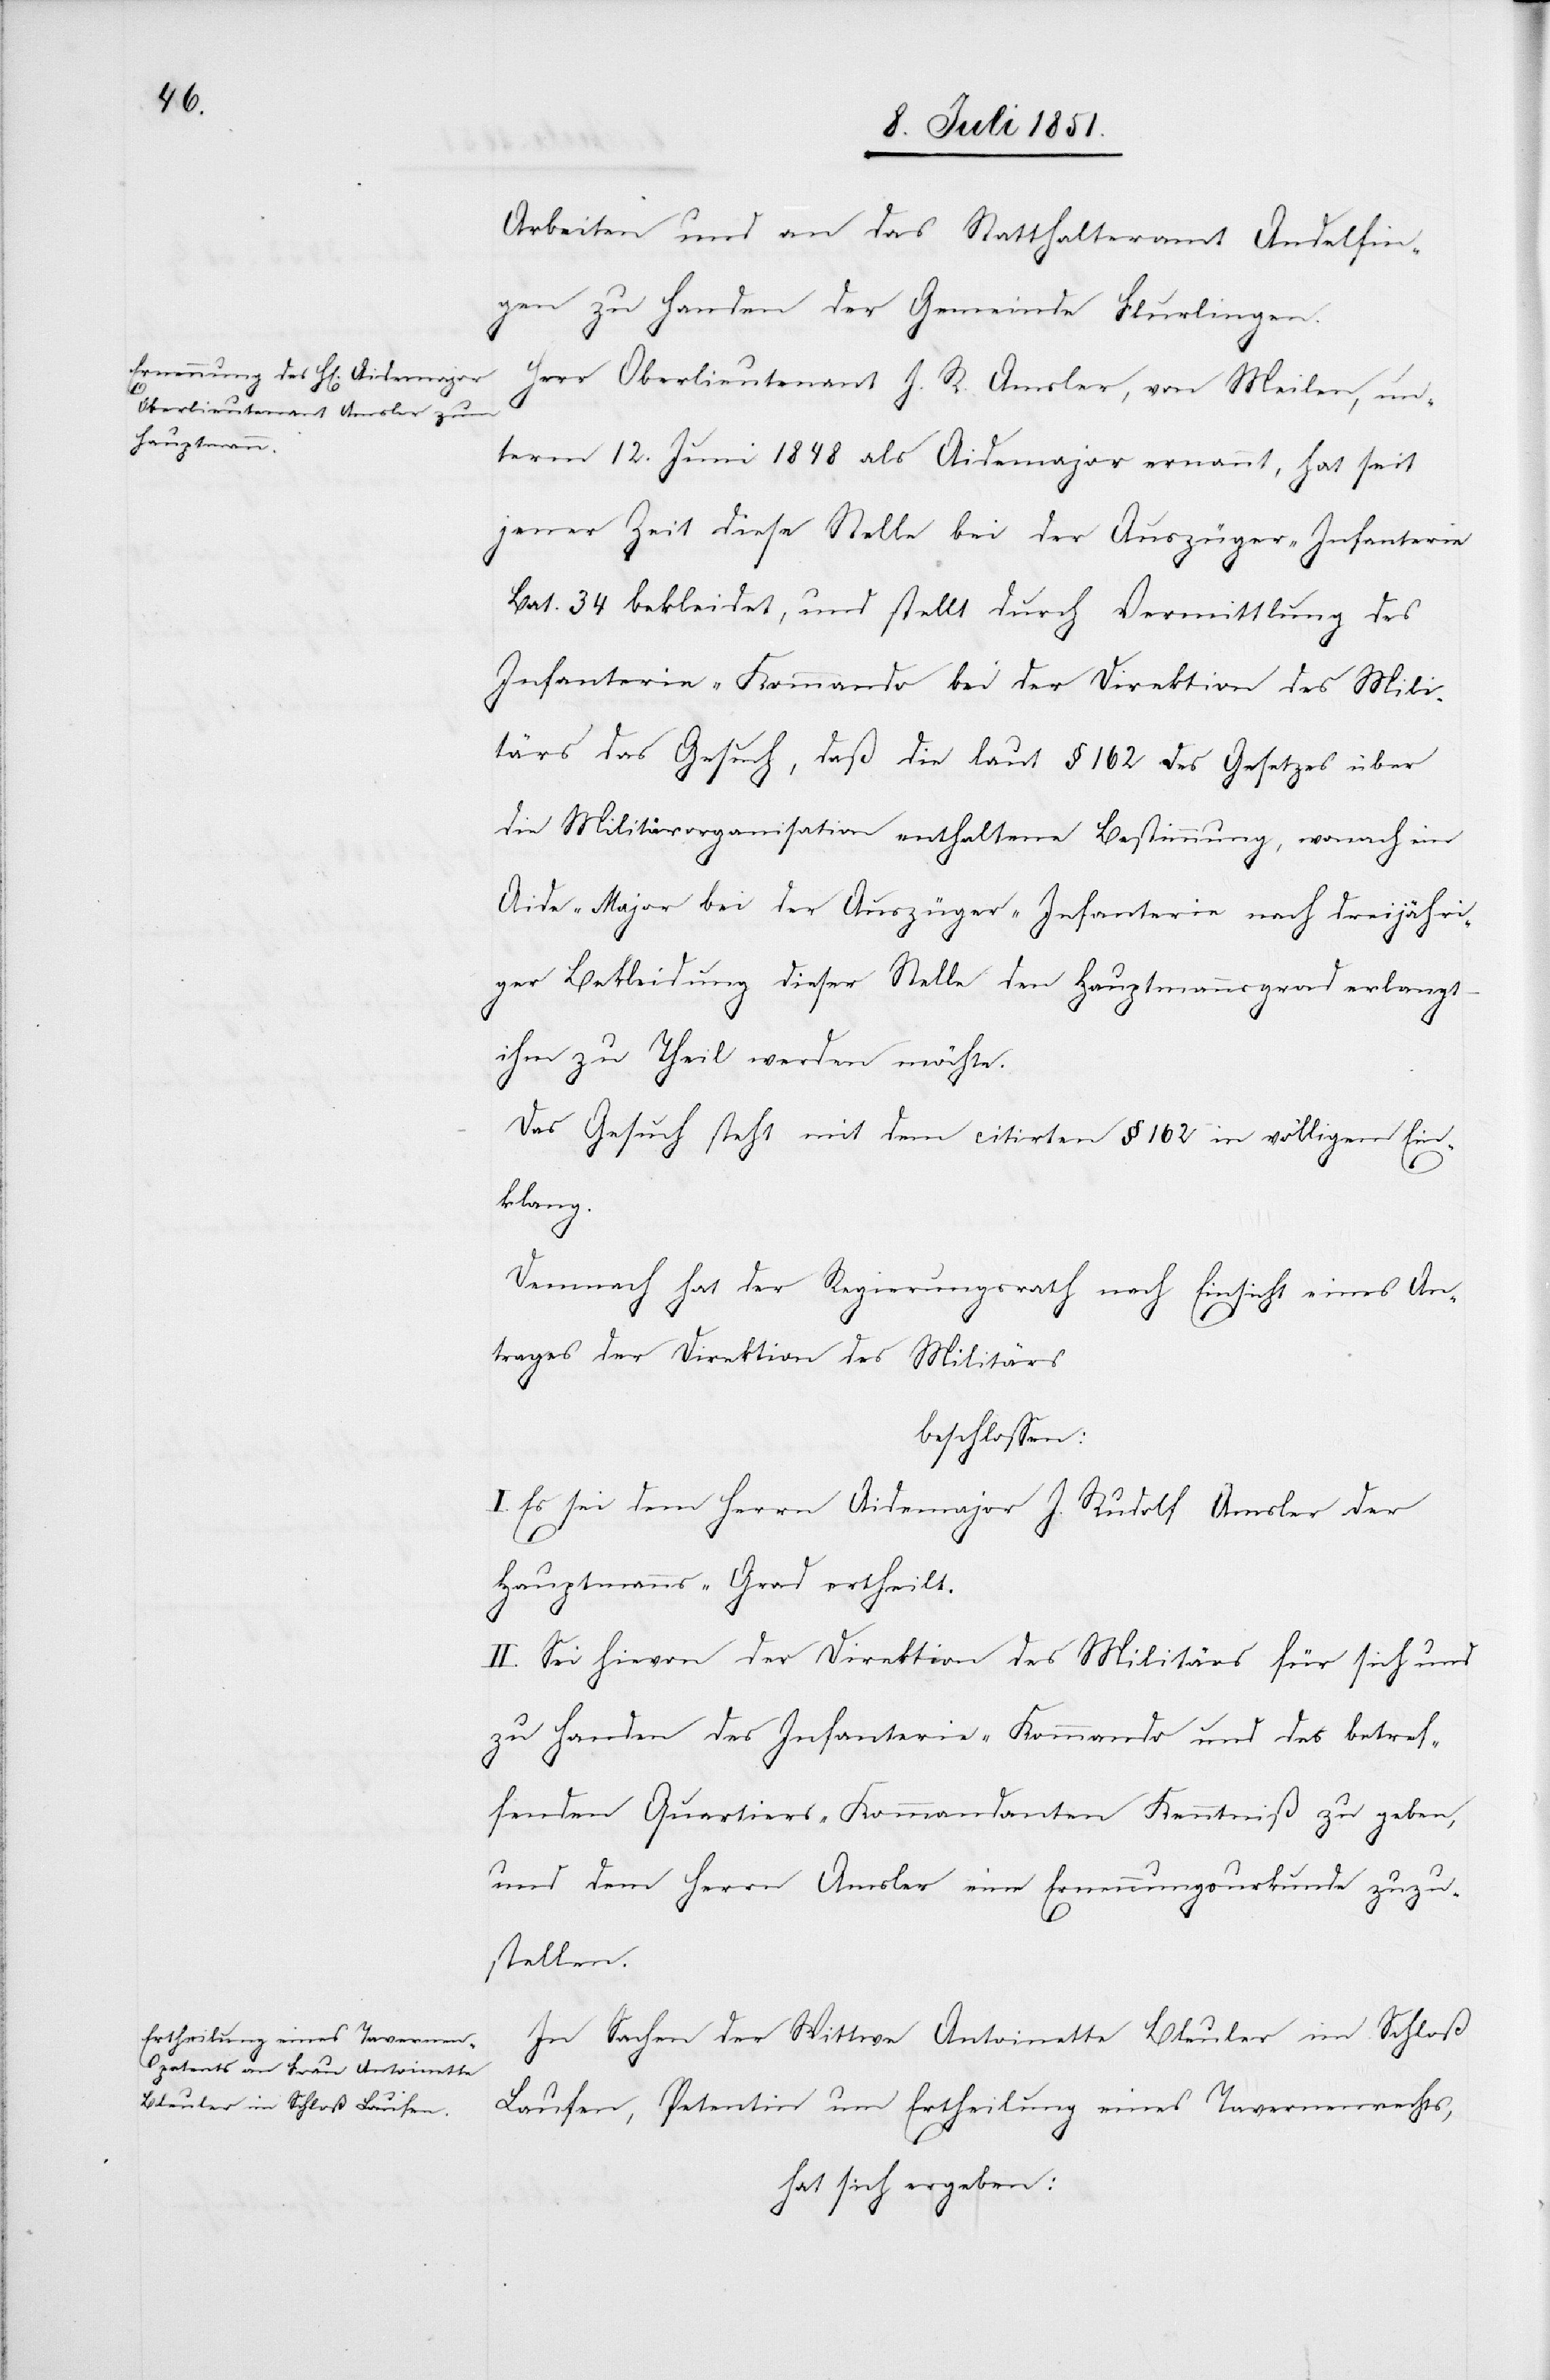
Arbeiten und an das Statthalteramt Andelfin¬
gen zu Handen der Gemeinde Flurlingen.
Herr Oberlieutenant J. R. Amsler, von Meilen, un¬
term 12. Juni 1848 als Aidemajor ernannt, hat seit
jener Zeit diese Stelle bei der Auszüger-Infanterie
Bat. 34 bekleidet, und stellt durch Vermittlung des
Infanterie-Kommando bei der Direktion des Mili¬
tärs das Gesuch, daß die laut § 162 des Gesetzes über
die Militärorganisation enthaltene Bestimmung, wonach ein
Aide-Major bei der Auszüger-Infanterie nach dreijähri¬
ger Bekleidung dieser Stelle den Hauptmannsgrad erlangt
ihm zu Theil werden möchte.
Das Gesuch steht mit dem citirten § 162 in völligem Ein¬
klang.
Demnach hat der Regierungsrath nach Einsicht eines An¬
trages der Direktion des Militärs
beschlossen:
I. Es sei dem Herrn Aidemajor J. Rudolf Amsler der
Hauptmanns-Grad ertheilt.
II. Sei hievon der Direktion des Militärs für sich und
zu Handen des Infanterie-Kommando und des betref¬
fenden Quartiers-Kommandanten Kenntniß zu geben,
und dem Herrn Amsler eine Ernennungsurkunde zuzu¬
stellen.
In Sachen der Wittwe Antoinette Bleuler im Schloß
Laufen, Petentin um Ertheilung eines Tavernenrechts,
hat sich ergeben: